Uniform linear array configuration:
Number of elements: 4
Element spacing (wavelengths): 0.75
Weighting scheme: cosine
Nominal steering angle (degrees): -60
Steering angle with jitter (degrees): -59.623
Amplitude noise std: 0.05
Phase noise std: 0.05

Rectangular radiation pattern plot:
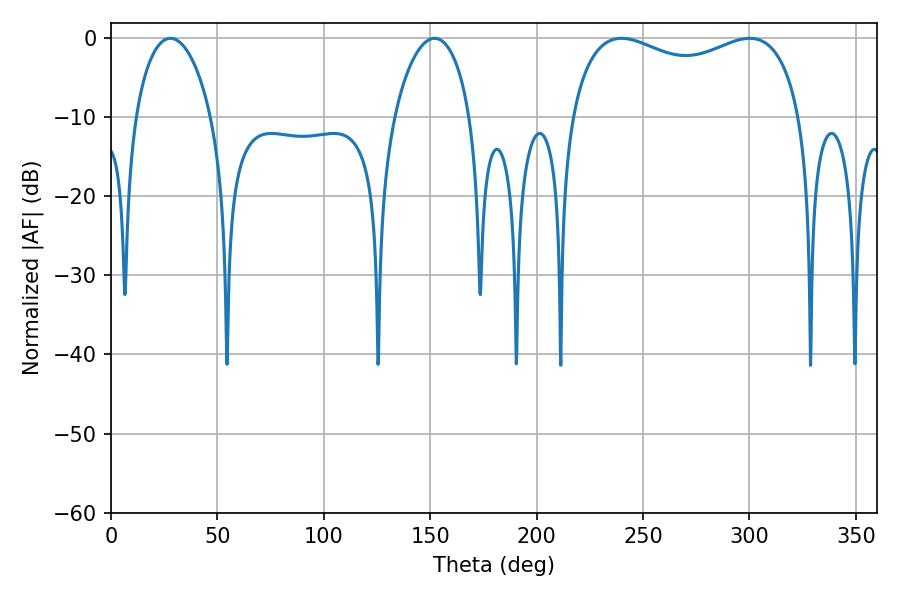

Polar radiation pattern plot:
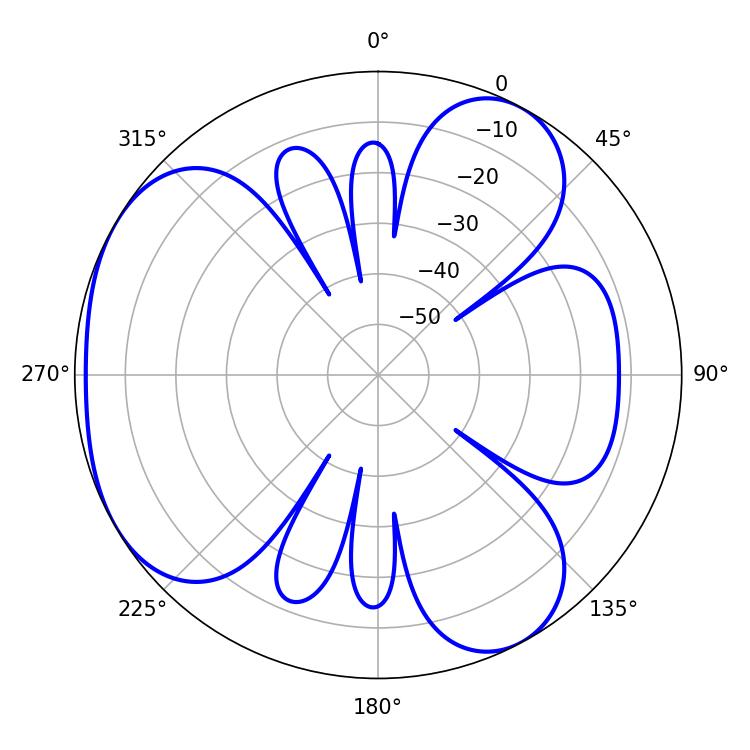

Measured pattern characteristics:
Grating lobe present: TRUE
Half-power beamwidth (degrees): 20.34
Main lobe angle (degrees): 27.9